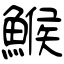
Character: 鯸